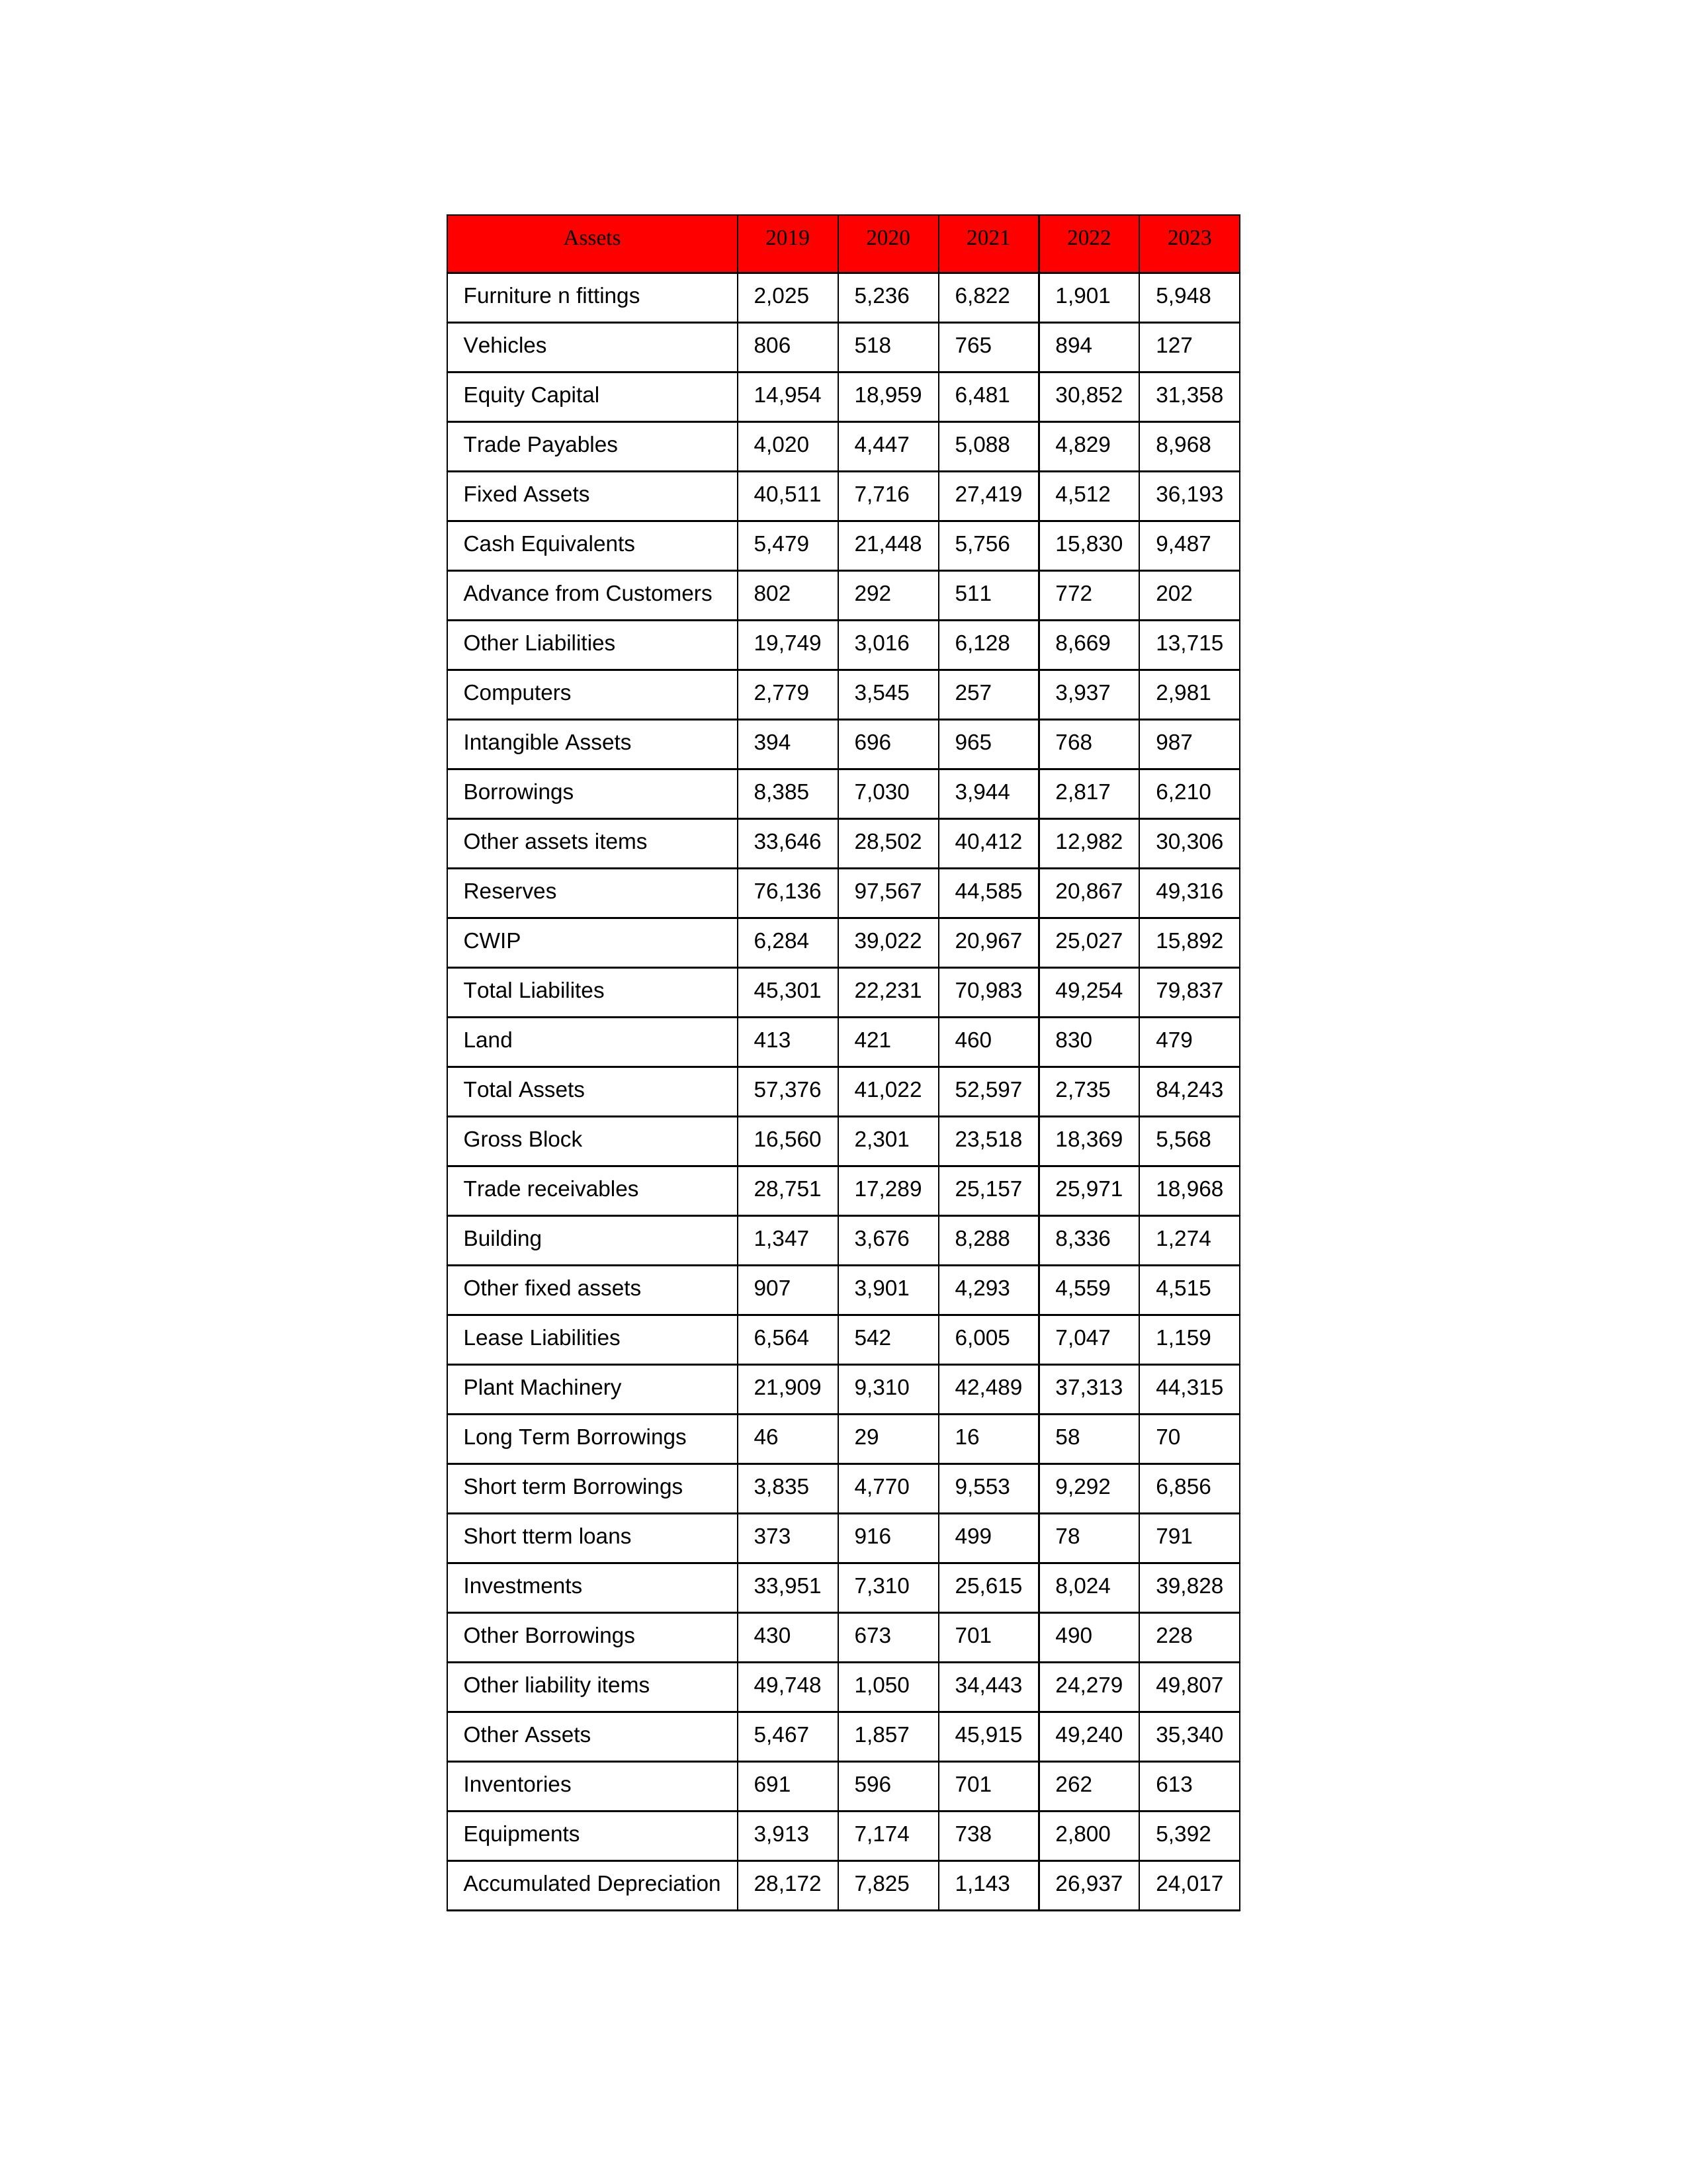
gt_parse: 2019: Equity Capital: 14,954
Reserves: 76,136
Borrowings: 8,385
Long Term Borrowings: 46
Short term Borrowings: 3,835
Lease Liabilities: 6,564
Other Borrowings: 430
Other Liabilities: 19,749
Trade Payables: 4,020
Advance from Customers: 802
Other liability items: 49,748
Total Liabilites: 45,301
Fixed Assets: 40,511
Land: 413
Building: 1,347
Plant Machinery: 21,909
Equipments: 3,913
Computers: 2,779
Furniture n fittings: 2,025
Vehicles: 806
Intangible Assets: 394
Other fixed assets: 907
Gross Block: 16,560
Accumulated Depreciation: 28,172
CWIP: 6,284
Investments: 33,951
Other Assets: 5,467
Inventories: 691
Trade receivables: 28,751
Cash Equivalents: 5,479
Short tterm loans: 373
Other assets items: 33,646
Total Assets: 57,376
2020: Equity Capital: 18,959
Reserves: 97,567
Borrowings: 7,030
Long Term Borrowings: 29
Short term Borrowings: 4,770
Lease Liabilities: 542
Other Borrowings: 673
Other Liabilities: 3,016
Trade Payables: 4,447
Advance from Customers: 292
Other liability items: 1,050
Total Liabilites: 22,231
Fixed Assets: 7,716
Land: 421
Building: 3,676
Plant Machinery: 9,310
Equipments: 7,174
Computers: 3,545
Furniture n fittings: 5,236
Vehicles: 518
Intangible Assets: 696
Other fixed assets: 3,901
Gross Block: 2,301
Accumulated Depreciation: 7,825
CWIP: 39,022
Investments: 7,310
Other Assets: 1,857
Inventories: 596
Trade receivables: 17,289
Cash Equivalents: 21,448
Short tterm loans: 916
Other assets items: 28,502
Total Assets: 41,022
2021: Equity Capital: 6,481
Reserves: 44,585
Borrowings: 3,944
Long Term Borrowings: 16
Short term Borrowings: 9,553
Lease Liabilities: 6,005
Other Borrowings: 701
Other Liabilities: 6,128
Trade Payables: 5,088
Advance from Customers: 511
Other liability items: 34,443
Total Liabilites: 70,983
Fixed Assets: 27,419
Land: 460
Building: 8,288
Plant Machinery: 42,489
Equipments: 738
Computers: 257
Furniture n fittings: 6,822
Vehicles: 765
Intangible Assets: 965
Other fixed assets: 4,293
Gross Block: 23,518
Accumulated Depreciation: 1,143
CWIP: 20,967
Investments: 25,615
Other Assets: 45,915
Inventories: 701
Trade receivables: 25,157
Cash Equivalents: 5,756
Short tterm loans: 499
Other assets items: 40,412
Total Assets: 52,597
2022: Equity Capital: 30,852
Reserves: 20,867
Borrowings: 2,817
Long Term Borrowings: 58
Short term Borrowings: 9,292
Lease Liabilities: 7,047
Other Borrowings: 490
Other Liabilities: 8,669
Trade Payables: 4,829
Advance from Customers: 772
Other liability items: 24,279
Total Liabilites: 49,254
Fixed Assets: 4,512
Land: 830
Building: 8,336
Plant Machinery: 37,313
Equipments: 2,800
Computers: 3,937
Furniture n fittings: 1,901
Vehicles: 894
Intangible Assets: 768
Other fixed assets: 4,559
Gross Block: 18,369
Accumulated Depreciation: 26,937
CWIP: 25,027
Investments: 8,024
Other Assets: 49,240
Inventories: 262
Trade receivables: 25,971
Cash Equivalents: 15,830
Short tterm loans: 78
Other assets items: 12,982
Total Assets: 2,735
2023: Equity Capital: 31,358
Reserves: 49,316
Borrowings: 6,210
Long Term Borrowings: 70
Short term Borrowings: 6,856
Lease Liabilities: 1,159
Other Borrowings: 228
Other Liabilities: 13,715
Trade Payables: 8,968
Advance from Customers: 202
Other liability items: 49,807
Total Liabilites: 79,837
Fixed Assets: 36,193
Land: 479
Building: 1,274
Plant Machinery: 44,315
Equipments: 5,392
Computers: 2,981
Furniture n fittings: 5,948
Vehicles: 127
Intangible Assets: 987
Other fixed assets: 4,515
Gross Block: 5,568
Accumulated Depreciation: 24,017
CWIP: 15,892
Investments: 39,828
Other Assets: 35,340
Inventories: 613
Trade receivables: 18,968
Cash Equivalents: 9,487
Short tterm loans: 791
Other assets items: 30,306
Total Assets: 84,243